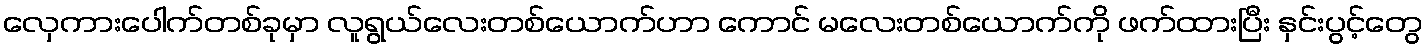
လှေကားပေါက်တစ်ခုမှာ လူရွယ်လေးတစ်ယောက်ဟာ ကောင် မလေးတစ်ယောက်ကို ဖက်ထားပြီး နှင်းပွင့်တွေ